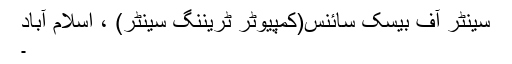
سینٹر آف بیسک سائنس(کمپیوٹر ٹریننگ سینٹر) ، اسلام آباد
۔